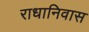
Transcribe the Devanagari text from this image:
राधानिवास